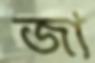
জা